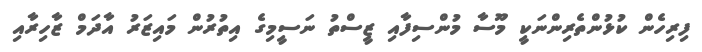
ފިރިހެން ކުޅުންތެރިންނަކީ މޫސާ މުންސިފާއި ޒީސްތު ނަސީމިގެ އިތުރުން މައިޒަރު އާދަމް ޒާހިރާއި